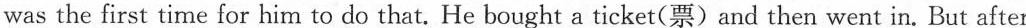
was the first time for him to do that. He bought a ticket(票) and then went in. But after